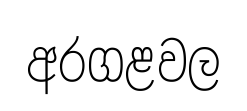
අරගළවල